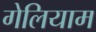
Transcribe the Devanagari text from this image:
गेलियाम